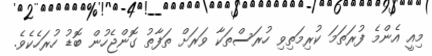
މިއީ އެންމެ ފުރަތަމަ ކުރިމަތިވި ހުރަސްތަކާ ވަރަށް ތަފާތު ގޮންޖެހުން ބޮޑު ހުރަހެކެވެ.